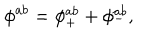
\phi ^ { a b } = \phi _ { + } ^ { a b } + \phi _ { - } ^ { a b } ,